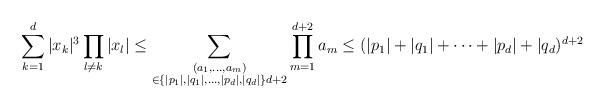
LaTeX: \begin{align*}\sum\limits_{k=1}^d{|x_k|^3}\prod\limits_{l\neq k}|x_l|\leq \sum_{\substack{(a_1,\dots,a_m)\\\in\{|p_1|,|q_1|,\dots,|p_d|,|q_d|\}{d+2}}}\prod_{m=1}^{d+2}a_m\leq(|p_1|+|q_1|+\dots+|p_d|+|q_d)^{d+2}\end{align*}